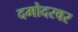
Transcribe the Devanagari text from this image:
दमोदरवर